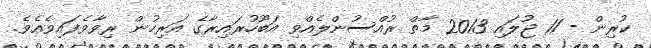
ކުރިން - 11 ޖުލައި 2013 މާތް ރުއްސުންލެއްވި އަބޫހުރައިރާގެ އަރިހުން ރިވާވެފައިވެއެވެ.